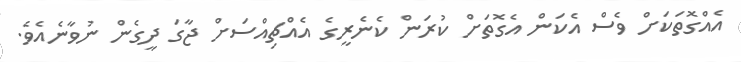
އެއްގޮތަކަށް ވެސް އެކަން އެގޮތަށް ކުރަން ކެނެރީގެ އެއްޗިއްސަށް ޖާގަ ދީގެން ނުވާނެއެވެ.